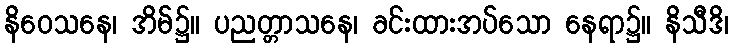
နိဝေသနေ၊ အိမ်၌။ ပညတ္တာသနေ၊ ခင်းထားအပ်သော နေရာ၌။ နိသီဒိ၊